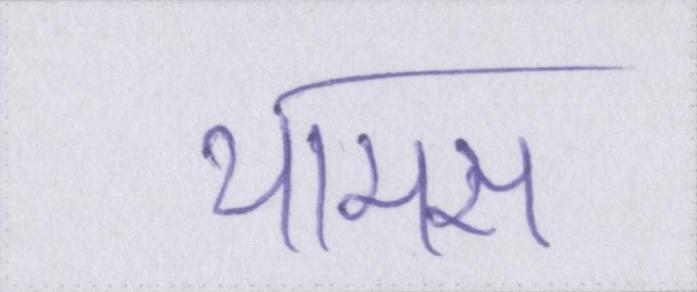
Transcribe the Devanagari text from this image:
थामस